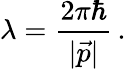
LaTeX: \lambda=\frac{2\pi\hbar}{|\vec{p}|}\, .